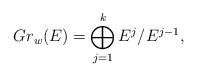
LaTeX: \begin{align*}Gr_w(E) = \bigoplus_{j =1}^{k} E^j / E^{j-1},\end{align*}